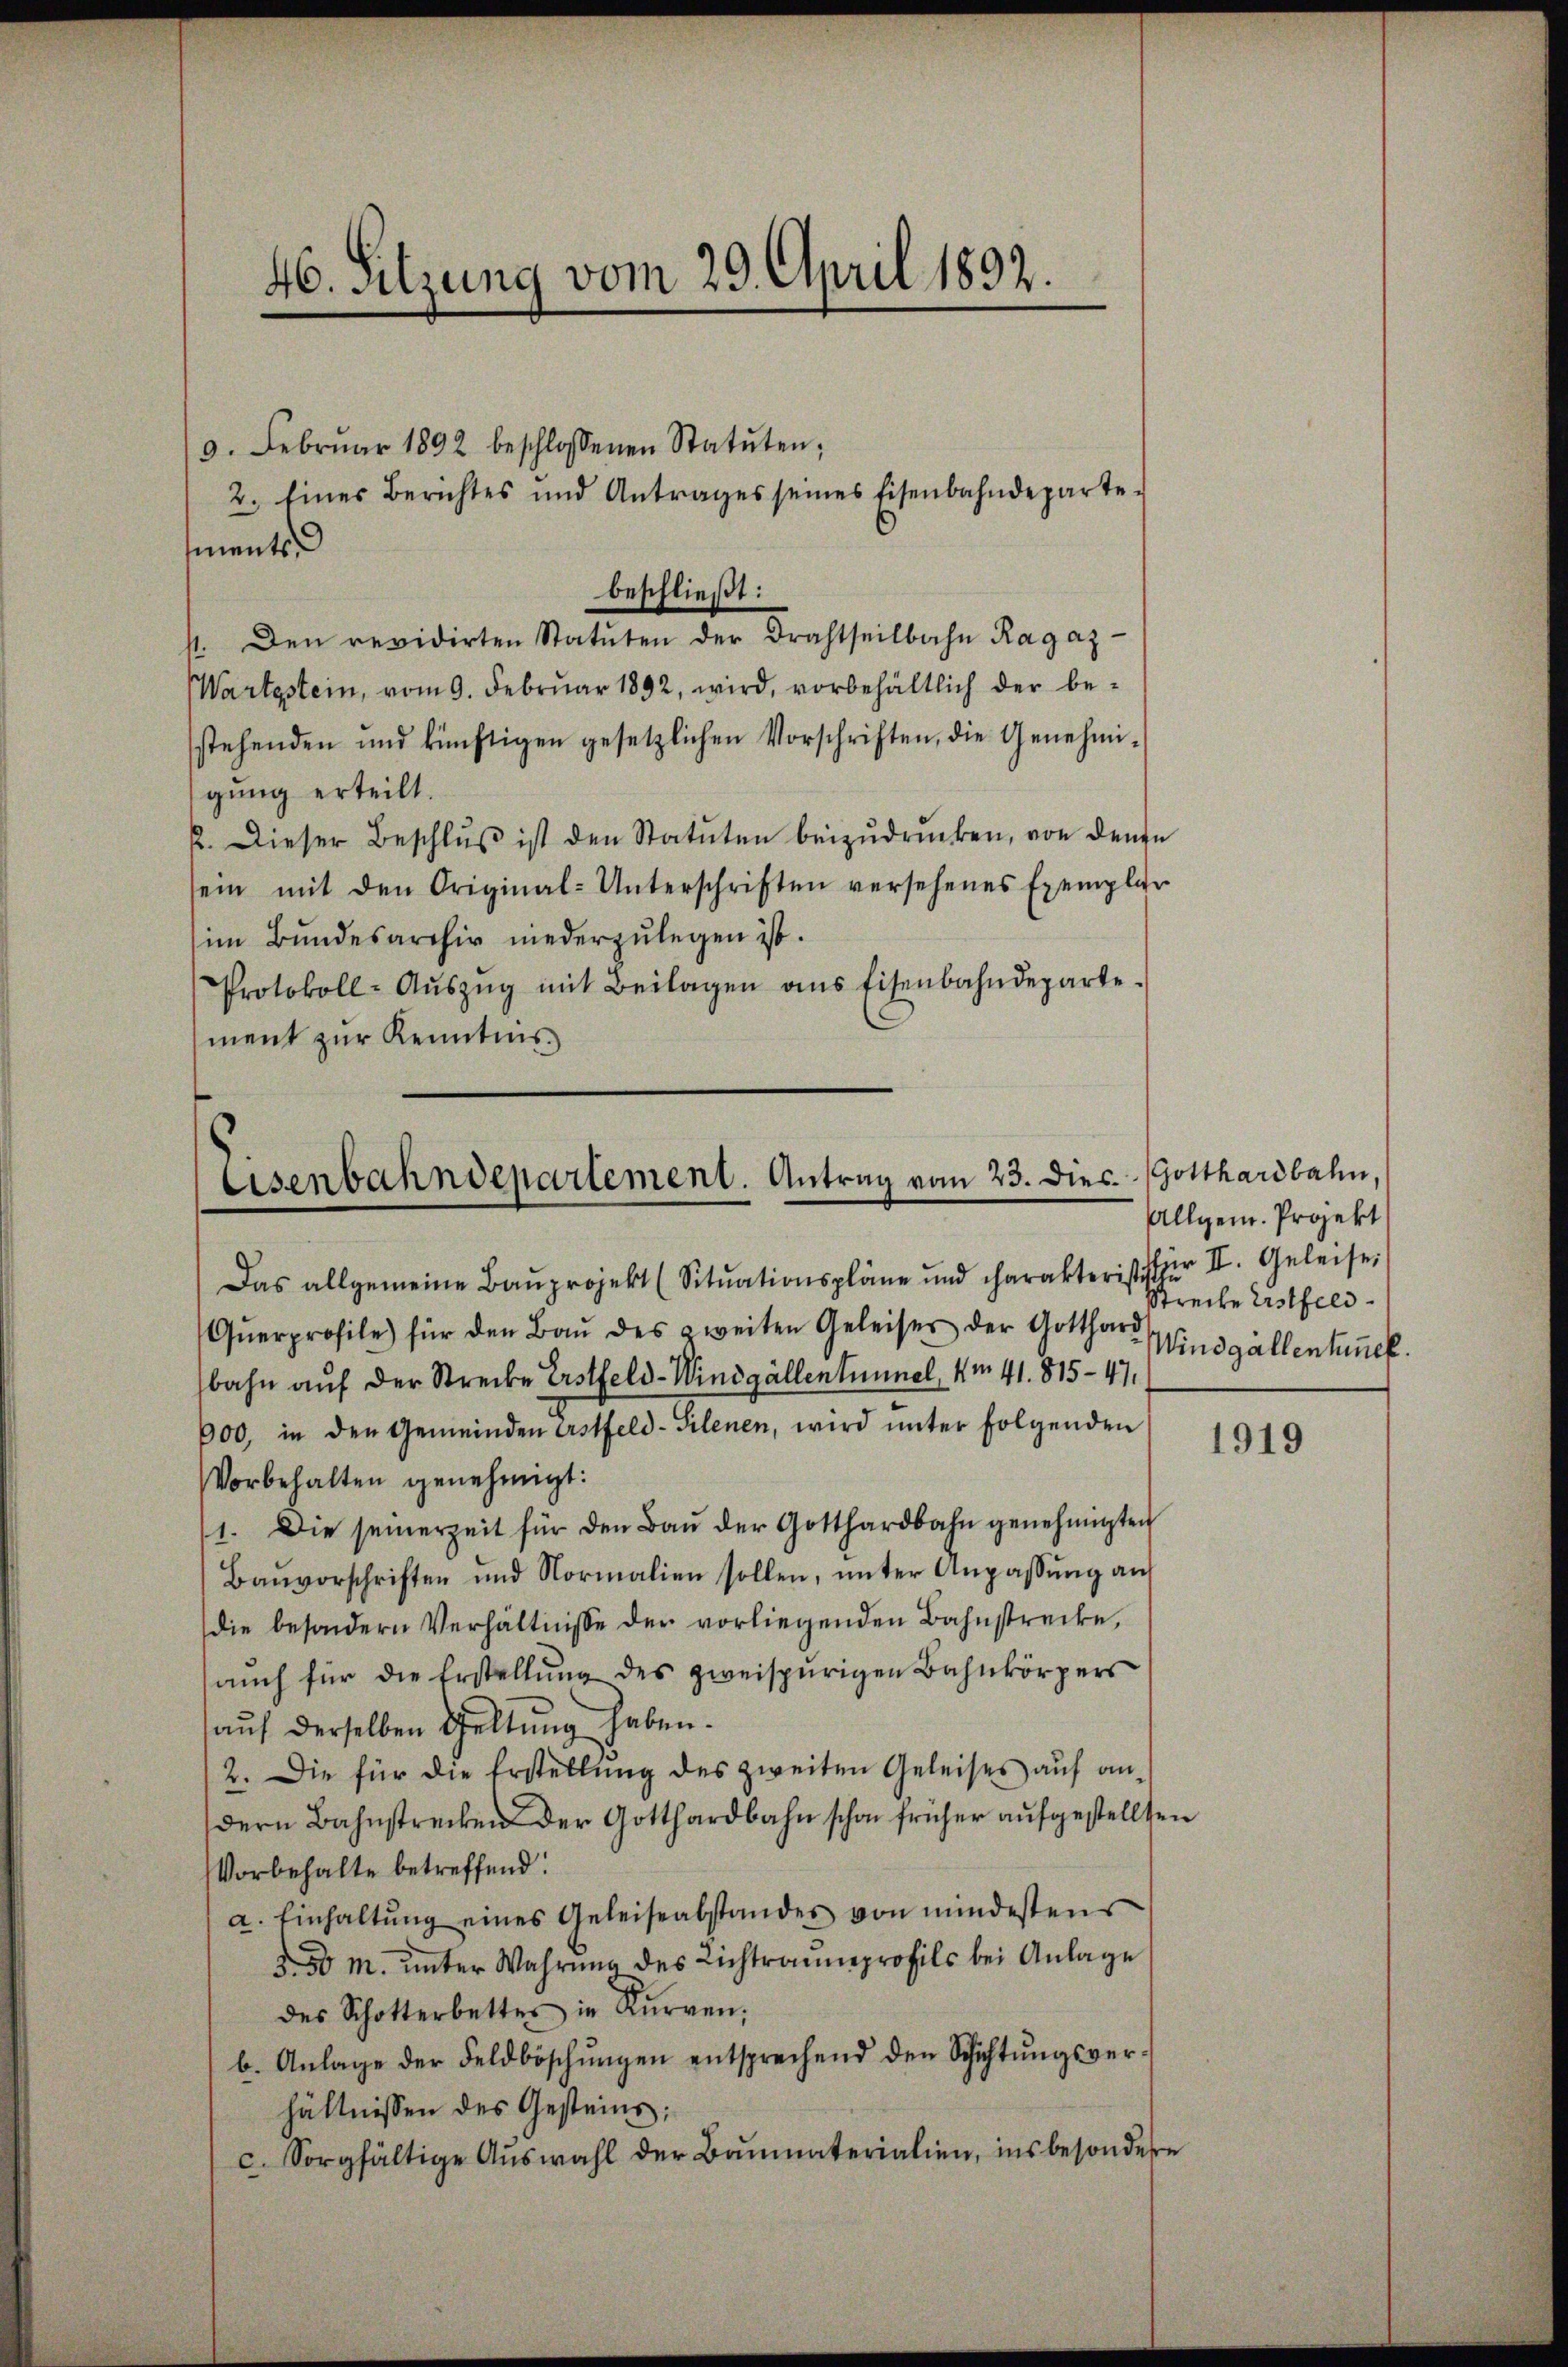
46. Sitzung vom 29. April 1892.

9. Februar 1892 beschlossenen Statŭten;
2. Eines Berichtes und Antrages seines Eisenbahndeparte-
ments
beschließt:
st. Den revidirten Statuten der Drahtheilbahn Ragaz
Wartestein, vom 9. Febrŭar 1892, wird, vorbehältlich der be-
stehenden und künftigen gesetzlichen Vorschriften, die Genehmi-
gung erteilt.
2. Dieser Beschlŭβ ist den Statuten beizŭdrücken, von denn
sein mit den Original-Unterschriften versehenes Exemplar
im Bundesarchiv niederzulegen ist.
Protokoll-Aŭszŭg mit Beilagen ans Eisenbahndeparte.
ment zur Kenntnis

Eisenbahndepartement. Antrag vom 23. Dies. Gotthardbahn,

Das allgemeine Baŭprojekt (Sitŭationspläne und charakterist für II. Geleise
Qŭerprofile) für den Baŭ des zweiten Geleiser der Gotthard sind gällentzück
bahn auf der Strecke Erstfeld-Windgällen tümmel, 4m 41. 815-47.
000, in den Gemeinden Erstfeld-Silenen, wird ŭnter folgenden
Vorbehalten genehmigt:
1. Die seinerzeit für den Baŭ der Gotthardbahn genehmigten
Baŭvorschriften und Normalien sollen, ŭnter Anpassŭng an
die besondern Verhältnisse der vorliegenden Bahnstrecke,
auch für die Erstellung des zweispurigen Bahnkörpers
auf derselben Geltung haben.
2. Die für die Erstellŭng des zweiten Geleises aŭf an-
dern Bahnstrecken der Gotthardbahn schon früher aufgestellten
Vorbehalte betreffend:
a. Einhaltŭng eines Geleise abstandes von mindestens
§ 50 M. unter Wahrung des Lichtraumprofils bei Anlage
des Schotterbettes in Kurren,
b. Anlage der Feldböschŭngen entsprechend den Schichtŭngsver-
hältnissen des Gesteins:
c. Sorgfältige Auswahl der Baumaterialien, insbesondere

Allgem. Projekt
Streite Erstfeld.

1919